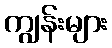
ကျွန်းများ